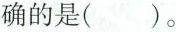
确的是()。